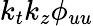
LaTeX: k_{t}k_{z}\phi_{uu}